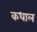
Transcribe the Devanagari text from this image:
कधाल